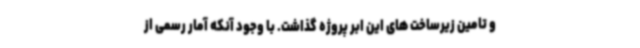
و تامین زیرساخت های این ابر پروژه گذاشت. با وجود آنکه آمار رسمی از